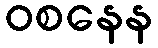
ဝစနေန